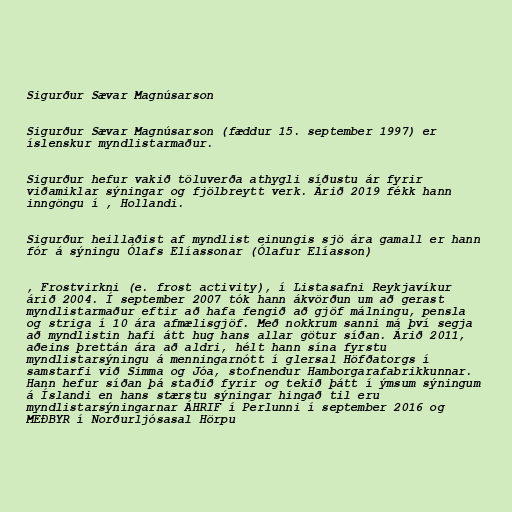
Sigurður Sævar Magnúsarson

Sigurður Sævar Magnúsarson (fæddur 15. september 1997) er
íslenskur myndlistarmaður.

Sigurður hefur vakið töluverða athygli síðustu ár fyrir
viðamiklar sýningar og fjölbreytt verk. Árið 2019 fékk hann
inngöngu í , Hollandi.

Sigurður heillaðist af myndlist einungis sjö ára gamall er hann
fór á sýningu Ólafs Elíassonar (Ólafur Elíasson)

, Frostvirkni (e. frost activity), í Listasafni Reykjavíkur
árið 2004. Í september 2007 tók hann ákvörðun um að gerast
myndlistarmaður eftir að hafa fengið að gjöf málningu, pensla
og striga í 10 ára afmælisgjöf. Með nokkrum sanni má því segja
að myndlistin hafi átt hug hans allar götur síðan. Árið 2011,
aðeins þrettán ára að aldri, hélt hann sína fyrstu
myndlistarsýningu á menningarnótt í glersal Höfðatorgs í
samstarfi við Simma og Jóa, stofnendur Hamborgarafabrikkunnar.
Hann hefur síðan þá staðið fyrir og tekið þátt í ýmsum sýningum
á Íslandi en hans stærstu sýningar hingað til eru
myndlistarsýningarnar ÁHRIF í Perlunni í september 2016 og
MEÐBYR í Norðurljósasal Hörpu